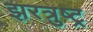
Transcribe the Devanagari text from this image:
झरत्रुष्ट्र